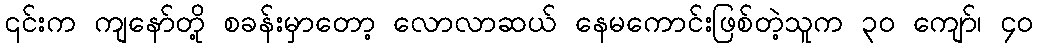
၎င်းက ကျနော်တို့ စခန်းမှာတော့ လောလာဆယ် နေမကောင်းဖြစ်တဲ့သူက ၃၀ ကျော်၊ ၄၀